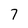
Character: 7